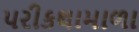
પરીકથામાળા